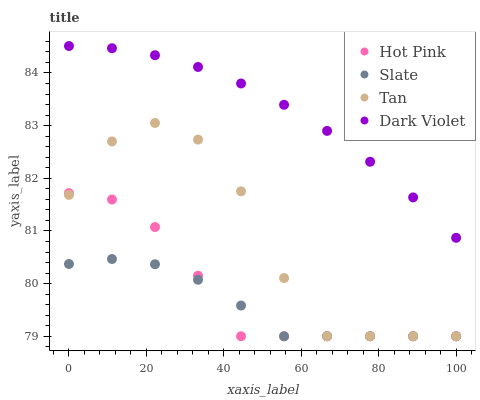
| xaxis_label | Hot Pink | Slate | Tan | Dark Violet |
 | --- | --- | --- | --- | --- |
 | 0 | 81.7 | 80.4 | 81.7 | 84.5 |
 | 11.1 | 81.6 | 80.5 | 82.7 | 84.5 |
 | 22.2 | 81.1 | 80.4 | 83.1 | 84.3 |
 | 33.3 | 80.1 | 80.1 | 82.7 | 84.1 |
 | 44.4 | 79 | 79.6 | 81.8 | 83.8 |
 | 55.6 | 79 | 79 | 80.1 | 83.4 |
 | 66.7 | 79 | 79 | 79 | 82.9 |
 | 77.8 | 79 | 79 | 79 | 82.3 |
 | 88.9 | 79 | 79 | 79 | 81.6 |
 | 100 | 79 | 79 | 79 | 80.9 |